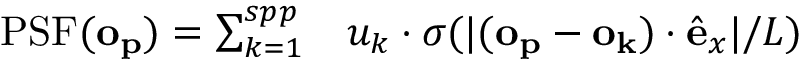
\begin{array} { r l } { \mathrm { P S F } ( \mathbf { o _ { p } } ) = \sum _ { k = 1 } ^ { s p p } } & { { } u _ { k } \cdot \sigma ( | ( \mathbf { o _ { p } } - \mathbf { o _ { k } } ) \cdot \hat { \mathbf { e } } _ { x } | / L ) } \end{array}